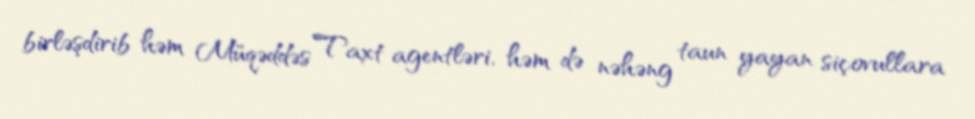
birləşdirib həm Müqəddəs Taxt agentləri, həm də nəhəng taun yayan siçovullara